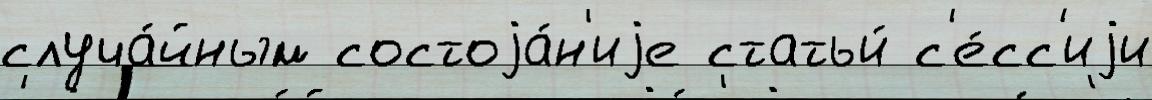
случа́йным состоjа́н'иjе статьи́ с'е́сс'иjи